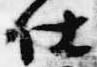
仕